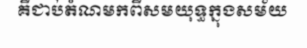
គឺជាប់តំណមកពីសមយុទ្ធក្នុងសម័យ